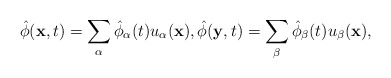
\begin{align*}\hat{\phi}({\bf x}, t) = \sum_{\alpha}\hat{\phi}_\alpha (t) u_\alpha ({\bf x}),\hat{\phi}({\bf y}, t) = \sum_{\beta}\hat{\phi}_\beta (t) u_\beta ({\bf x}),\end{align*}